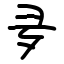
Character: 夛